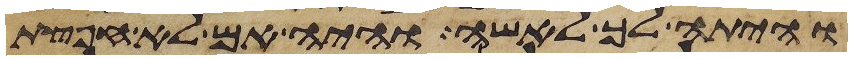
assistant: והיתה לך לאשה והיה אם לא חפצת